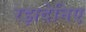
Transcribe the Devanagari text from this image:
रझदेनिए